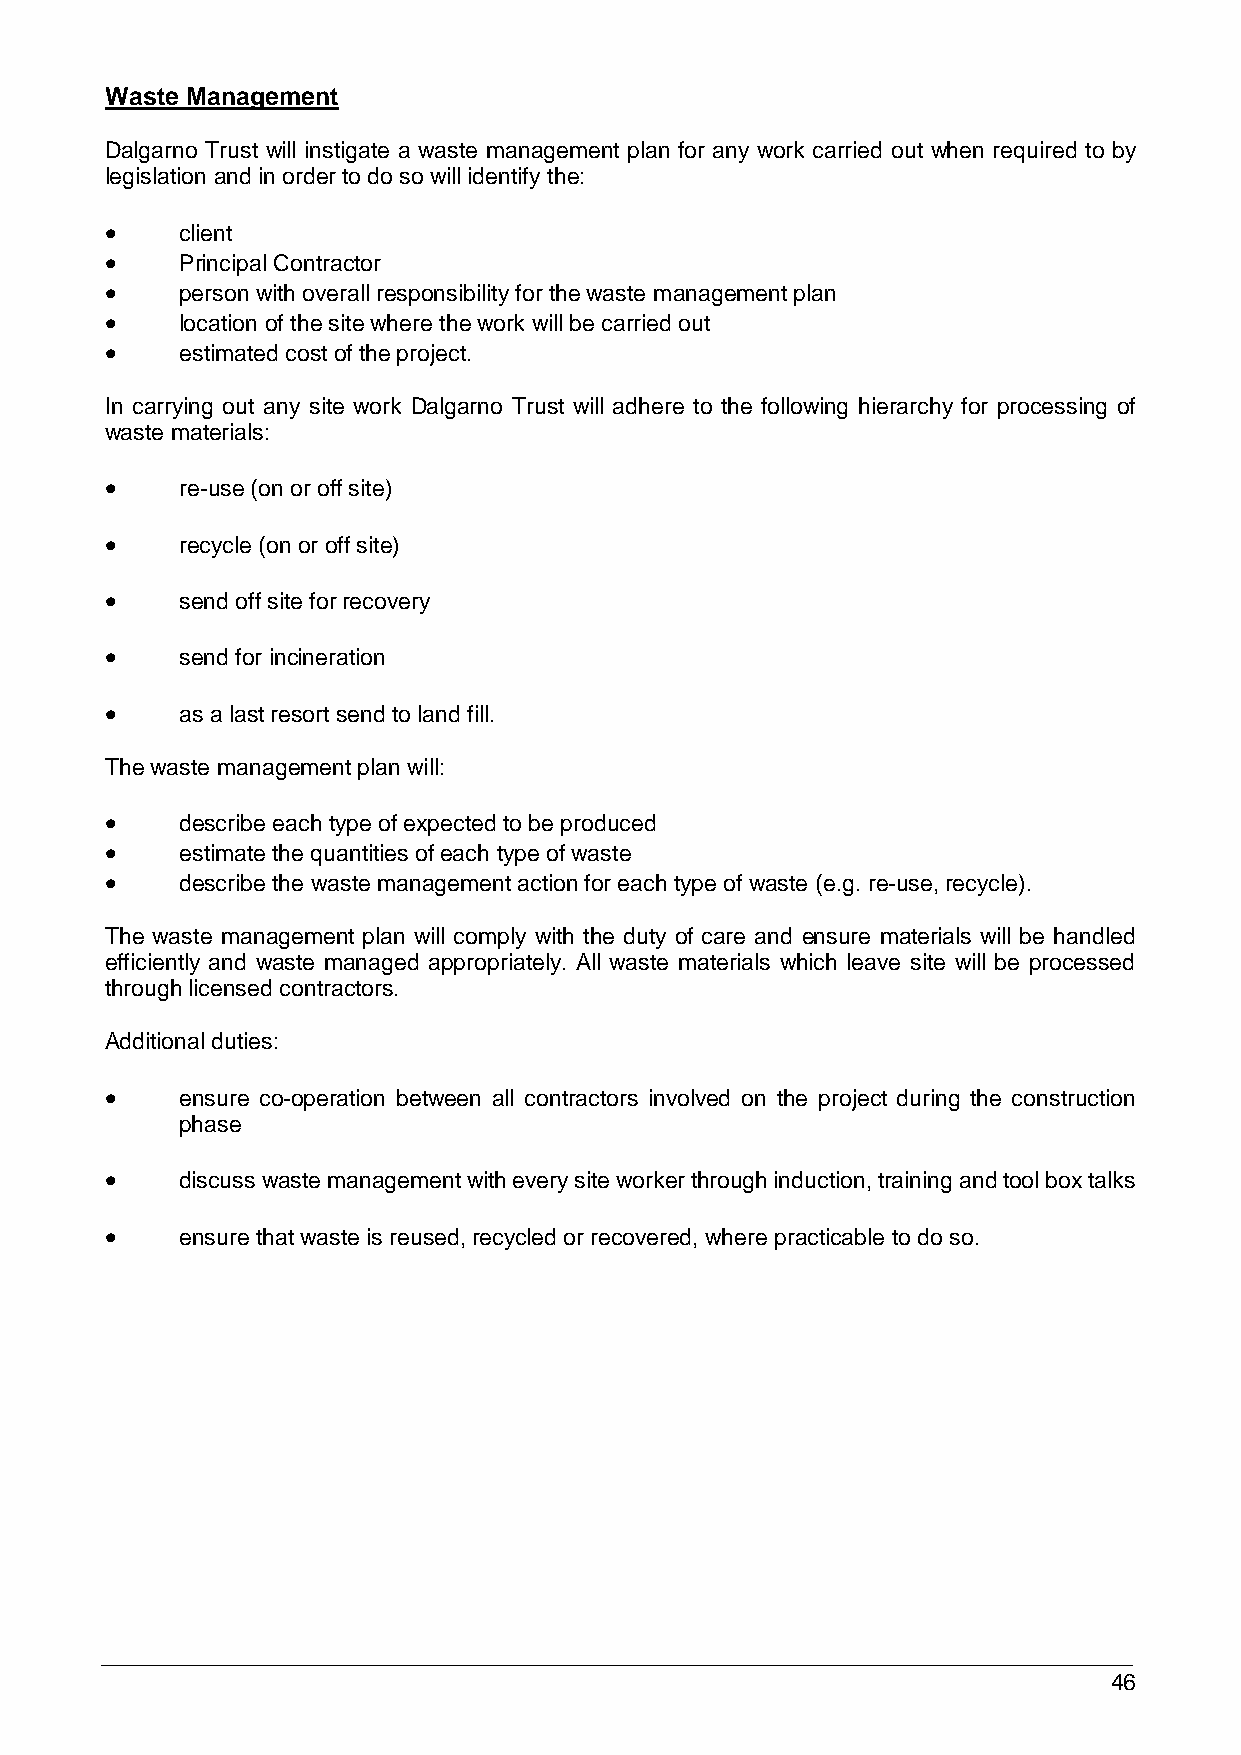
Waste Management
 Dalgarno Trust will instigate a waste management plan for any work carried out when required to by
 legislation and in order to do so will identify the:
     client
     Principal Contractor
     person with overall responsibility for the waste management plan
     location of the site where the work will be carried out
     estimated cost of the project.
 In carrying out any site work Dalgarno Trust will adhere to the following hierarchy for processing of
 waste materials:
     re-use (on or off site)
     recycle (on or off site)
     send off site for recovery
     send for incineration
     as a last resort send to land fill.
 The waste management plan will:
     describe each type of expected to be produced
     estimate the quantities of each type of waste
     describe the waste management action for each type of waste (e.g. re-use, recycle).
 The waste management plan will comply with the duty of care and ensure materials will be handled
 efficiently and waste managed appropriately. All waste materials which leave site will be processed
 through licensed contractors.
 Additional duties:
     ensure co-operation between all contractors involved on the project during the construction
 phase
     discuss waste management with every site worker through induction, training and tool box talks
     ensure that waste is reused, recycled or recovered, where practicable to do so.
 46